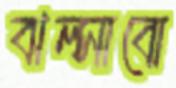
ঝল্‌সাবো